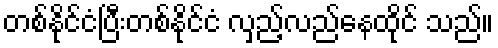
တစ်နိုင်ငံပြီးတစ်နိုင်ငံ လှည့်လည်နေထိုင် သည်။